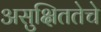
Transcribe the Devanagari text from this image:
असुक्षिततेचे